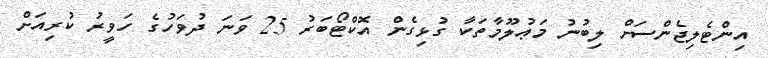
އިންޓެލިޖެންސަށް ލިބުނު މަޢުލޫމާތަކާ ގުޅިގެން އޮކްޓޯބަރު 25 ވަނަ ދުވަހުގެ ހަވީރު ކުރިއަށް